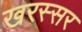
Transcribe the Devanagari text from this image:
खरस्सर